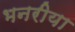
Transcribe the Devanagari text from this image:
भनरीया